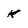
Character: K